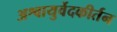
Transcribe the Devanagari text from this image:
अश्वायुर्वेदकीर्तन